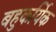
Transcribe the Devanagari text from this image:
बहुकर्यिक